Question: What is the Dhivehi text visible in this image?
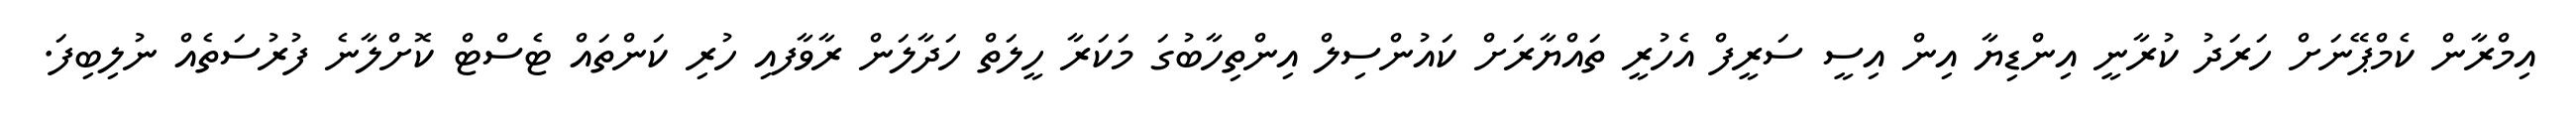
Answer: އިމްރާން ކެމްޕޭނަށް ހަރަދު ކުރާނީ އިންޑިޔާ އިން އިސީ ސަރީފް އެހުރީ ތައްޔާރަށް ކައުންސިލް އިންތިހާބުގަ މަކަރާ ހީލަތް ހަދާލަން ރާވާފއި ހުރި ކަންތައް ޓެސްޓް ކޮށްލާނެ ފުރުސަތެއް ނުލިބިފަ.